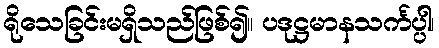
ရိုသေခြင်းမရှိသည်ဖြစ်၍။ ပဒုဋ္ဌမာနသင်္ကပ္ပါ၊